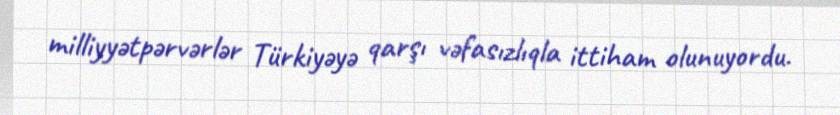
milliyyətpərvərlər Türkiyəyə qarşı vəfasızlıqla ittiham olunuyordu.